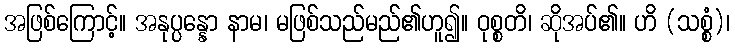
အဖြစ်ကြောင့်။ အနုပ္ပန္နော နာမ၊ မဖြစ်သည်မည်၏ဟူ၍။ ဝုစ္စတိ၊ ဆိုအပ်၏။ ဟိ (သစ္စံ)၊